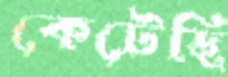
কেটেছি